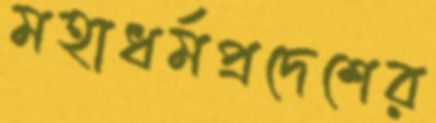
মহাধর্মপ্রদেশের